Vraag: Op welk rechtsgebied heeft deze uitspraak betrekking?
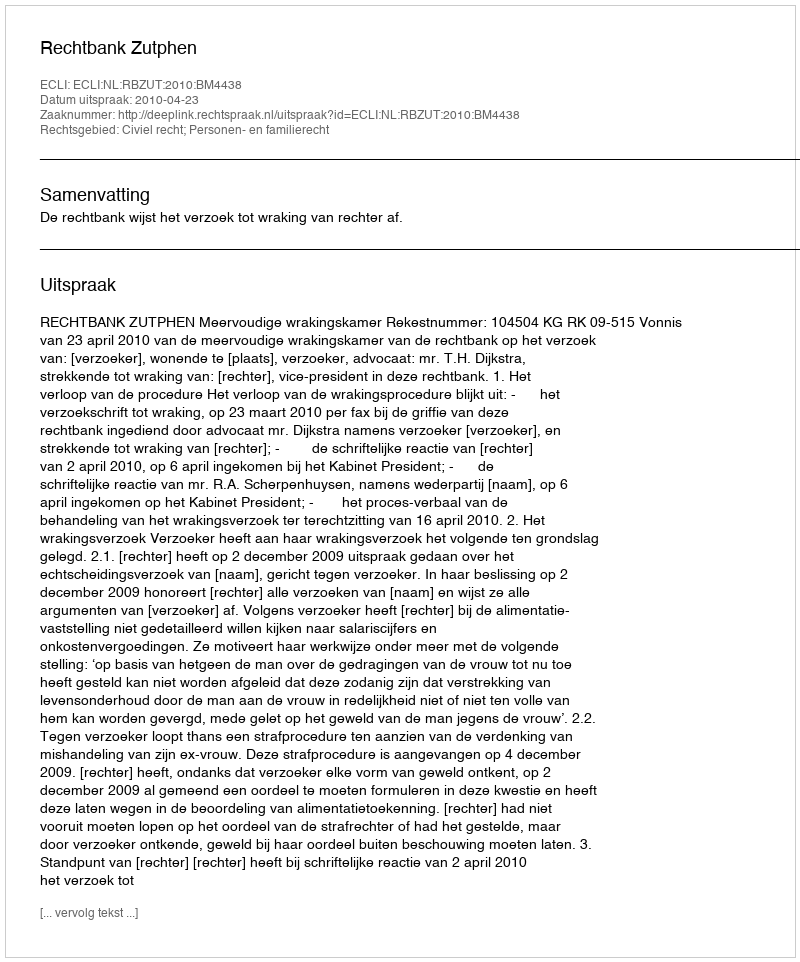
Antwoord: Civiel recht; Personen- en familierecht